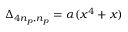
\Delta _ { 4 n _ { p } , n _ { p } } = \alpha ( x ^ { 4 } + x )